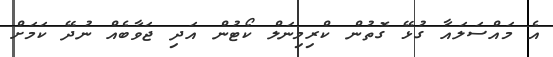
އެ މައްސަލައާ ގުޅޭ ގޮތުން ކްރިމިނަލް ކޯޓުން އަދި ޖަވާބެއް ނުދޭ ކަމަށް